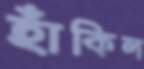
হাঁকিল